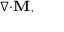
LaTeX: \scriptstyle \nabla \cdot \mathbf { M } ,